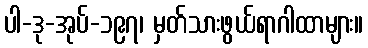
ပါ-ဒု-အုပ်-၁၉၇၊ မှတ်သားဖွယ်ရာဂါထာများ။